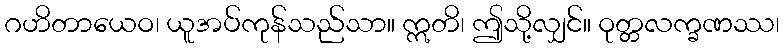
ဂဟိတာယေဝ၊ ယူအပ်ကုန်သည်သာ။ ဣတိ၊ ဤသို့လျှင်။ ဝုတ္တလက္ခဏဿ၊